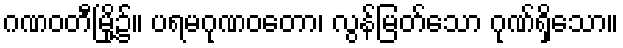
ဂဏဝတီမြို့၌။ ပရမဂုဏဝတော၊ လွန်မြတ်သော ဂုဏ်ရှိသော။